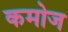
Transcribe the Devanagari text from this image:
कमोज